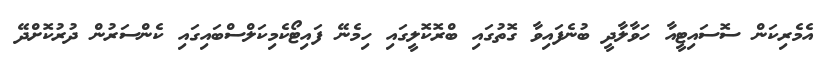
އެމެރިކަން ސޮސައިޓީއާ ހަވާލާދީ ބުނެފައިވާ ގޮތުގައި ބްރޮކޮލީގައި ހިމެނޭ ފައިޓޯކެމިކަލްސްބައިގައި ކެންސަރުން ދުރުކޮށްދޭ